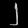
Digit: ၂